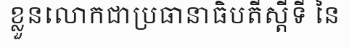
ខ្លួនលោកជាប្រធានាធិបតីស្តីទី នៃ